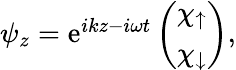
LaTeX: \begin{array}{r}{\psi_{z}=\mathrm{e}^{ikz-i\omega t}\left(\begin{array}{c}{\chi_{\uparrow}}\\ {\chi_{\downarrow}}\end{array}\right),}\end{array}